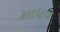
માધવ